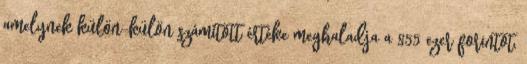
amelynek külön-külön számított értéke meghaladja a 855 ezer forintot,